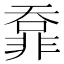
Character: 𩇺